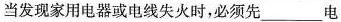
当发现家用电器或电线失火时，必须先___电